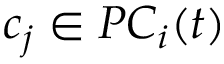
c _ { j } \in P C _ { i } ( t )